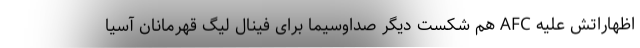
اظهاراتش علیه AFC هم شکست دیگر صداوسیما برای فینال لیگ قهرمانان آسیا